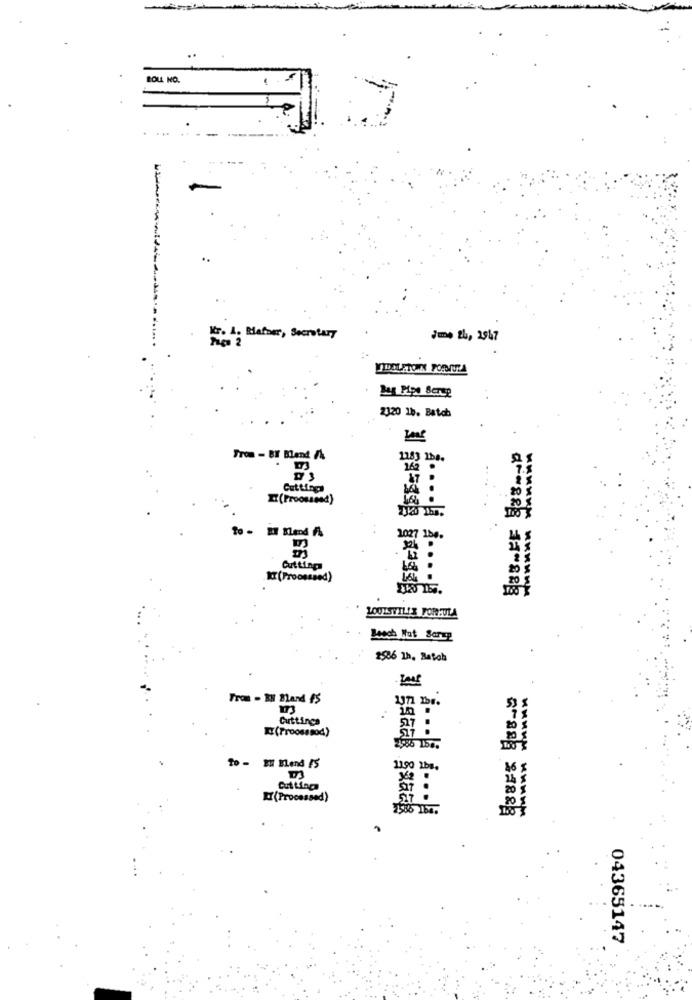
BOLL NO.
Kr. 1. Mafber, Secretary
June 24, 2947
VIDELFTOWN FORTUZA
2320 1b. Batch
Tron - BY Blend /
7.8
20 g
I (Froossend)
to - EY Blend få
2027 180.
Cutting
20 $
Xxx (Proosssed)
LOUISVILLE FORMULA
Jeoch Wat Scrup
2586 13. Batch
From - RN Bland 15
173
Cuttinga
(Proosssod)
To - EN Elend IS
1190 Lbs.
Cutting
(Processed)
a-888 21828
04365147